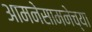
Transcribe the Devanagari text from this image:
आमनेसामनेच्या